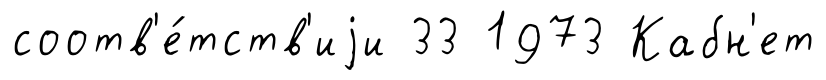
соотв'е́тств'иjи 33 1973 Кабн'ет